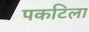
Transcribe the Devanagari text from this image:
पकटिला